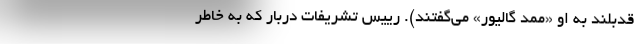
قد‌بلند به او «ممّد گالیور» می‌گفتند). رییس تشریفات دربار که به خاطر